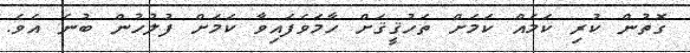
ގޮތުން ކުރި ކަމެއް ކަމަށް ތަހުޤީޤަށް ހާމަވެފައިވާ ކަމަށް ފުލުހުން ބުނެ އެވެ.